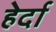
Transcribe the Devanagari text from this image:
हेर्दा